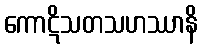
ကောဋိသတသဟဿာနိ